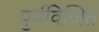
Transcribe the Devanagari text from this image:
पुर्नविजित